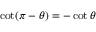
\cot ( \pi - \theta ) = - \cot \theta